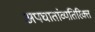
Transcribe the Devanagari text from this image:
अपघातांव्यतिरिक्त